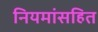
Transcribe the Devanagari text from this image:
नियमांसहित